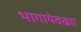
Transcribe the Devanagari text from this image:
भागायेवढ्या